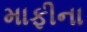
માફીના